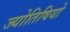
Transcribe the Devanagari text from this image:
ज्योतिषियो